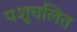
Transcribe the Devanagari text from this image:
पशुचलित